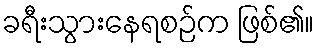
ခရီးသွားနေရစဉ်က ဖြစ်၏။